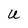
Character: U